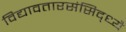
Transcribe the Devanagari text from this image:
विद्यावतारसंसिद्ध्यै